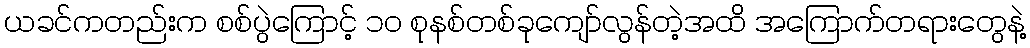
ယခင်ကတည်းက စစ်ပွဲကြောင့် ၁၀ စုနစ်တစ်ခုကျော်လွန်တဲ့အထိ အကြောက်တရားတွေနဲ့